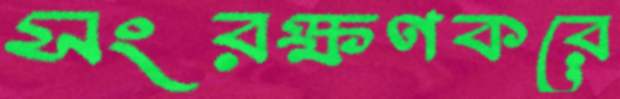
সংরক্ষণকরে